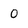
Character: 0